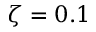
\zeta = 0 . 1